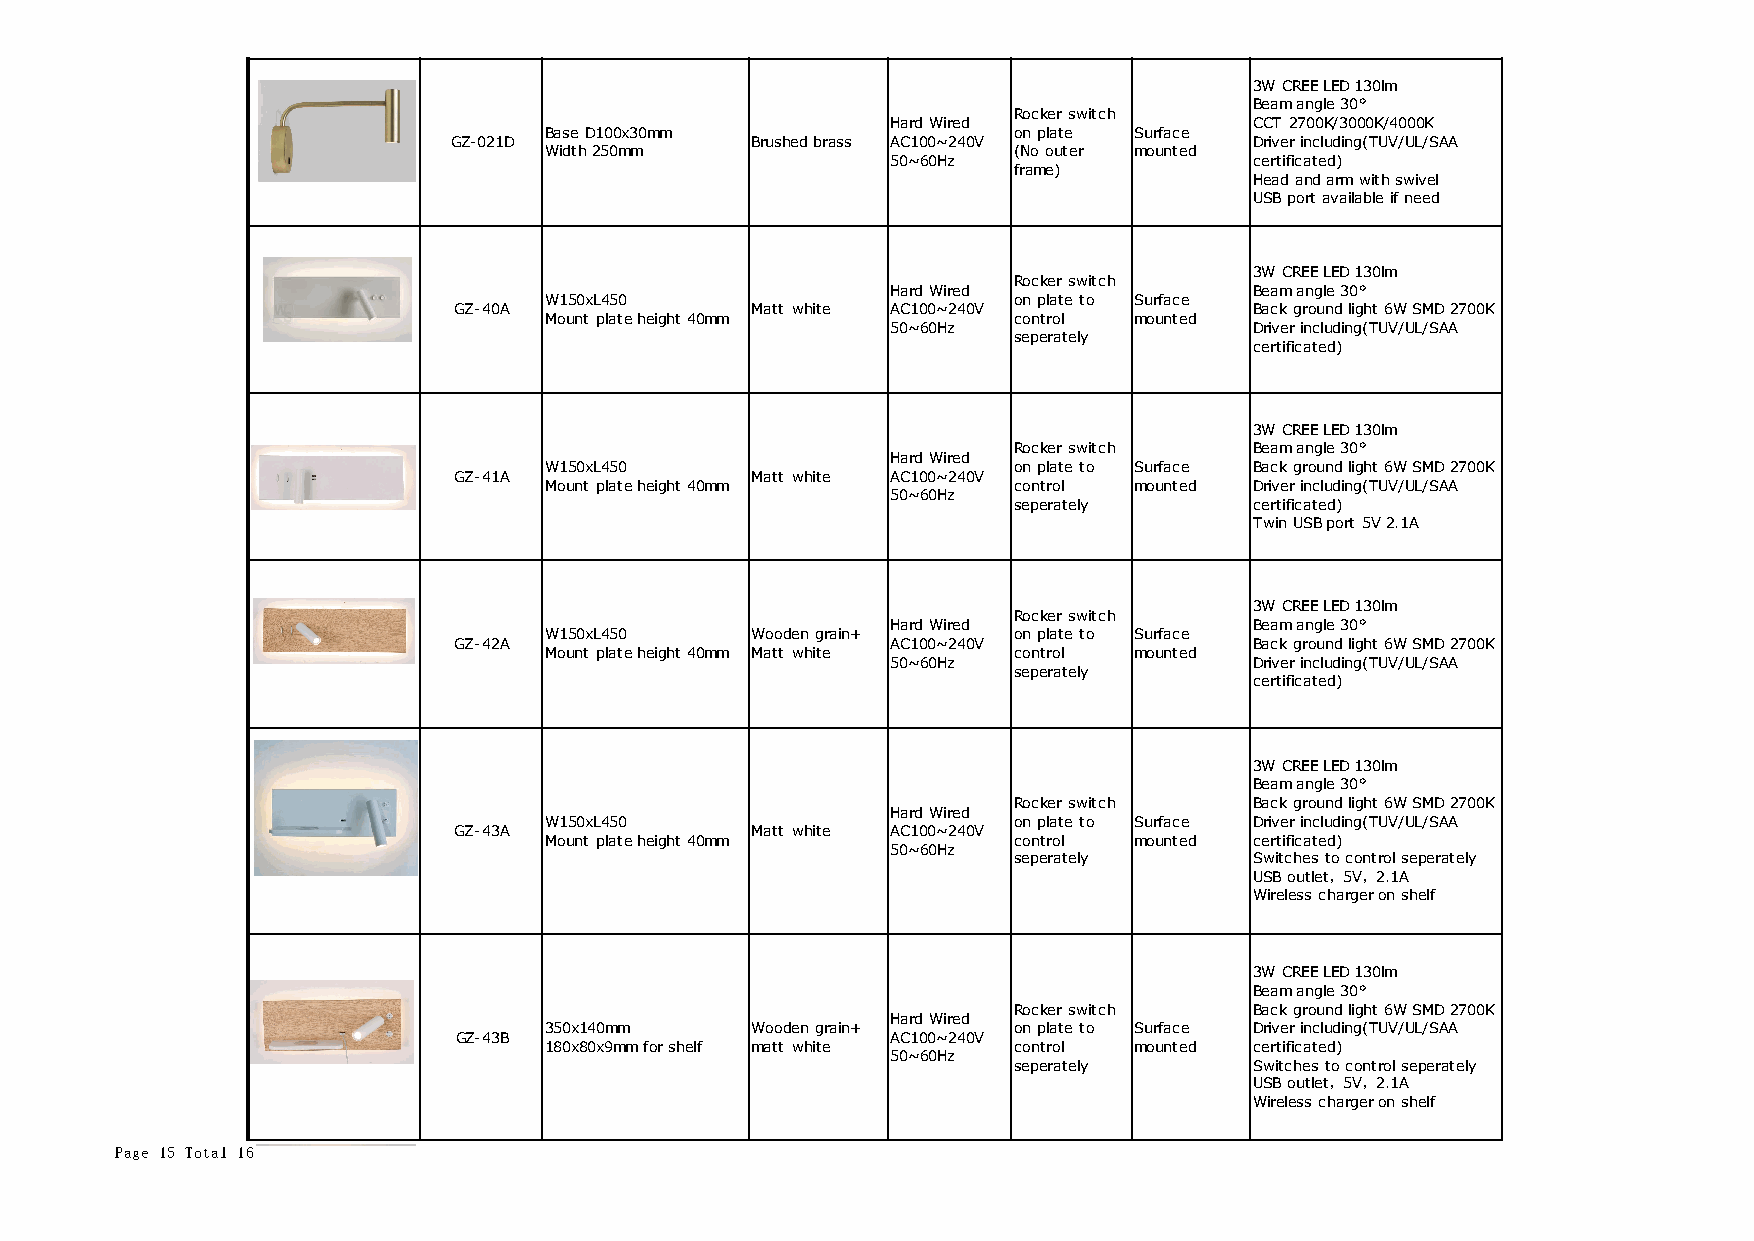
3W CREE LED 130lm
 Beam angle 30°
 Rocker switch
 Hard Wired              CCT 2700K/3000K/4000K
 Base D100x30mm                 on plate Surface
 GZ-021D             Brushed brass AC100~240V         Driver including(TUV/UL/SAA
 Width 250mm                    (No outer mounted
 50~60Hz                 certificated)
 frame)
 Head and arm with swivel
 USB port available if need
 3W CREE LED 130lm
 Rocker switch
 Hard Wired              Beam angle 30°
 W150xL450                      on plate to Surface
 GZ-40A              Matt white AC100~240V            Back ground light 6W SMD 2700K
 Mount plate height 40mm        control mounted
 50~60Hz                 Driver including(TUV/UL/SAA
 seperately
 certificated)
 3W CREE LED 130lm
 Rocker switch   Beam angle 30°
 Hard Wired
 W150xL450                      on plate to Surface Back ground light 6W SMD 2700K
 GZ-41A              Matt white AC100~240V
 Mount plate height 40mm        control mounted Driver including(TUV/UL/SAA
 50~60Hz
 seperately      certificated)
 Twin USB port 5V 2.1A
 3W CREE LED 130lm
 Rocker switch
 Hard Wired              Beam angle 30°
 W150xL450     Wooden grain+    on plate to Surface
 GZ-42A                       AC100~240V              Back ground light 6W SMD 2700K
 Mount plate height 40mm Matt white control mounted
 50~60Hz                 Driver including(TUV/UL/SAA
 seperately
 certificated)
 3W CREE LED 130lm
 Beam angle 30°
 Rocker switch   Back ground light 6W SMD 2700K
 Hard Wired
 W150xL450                      on plate to Surface Driver including(TUV/UL/SAA
 GZ-43A              Matt white AC100~240V
 Mount plate height 40mm        control mounted certificated)
 50~60Hz
 seperately      Switches to control seperately
 USB outlet，5V，2.1A
 Wireless charger on shelf
 3W CREE LED 130lm
 Beam angle 30°
 Rocker switch   Back ground light 6W SMD 2700K
 Hard Wired
 350x140mm     Wooden grain+    on plate to Surface Driver including(TUV/UL/SAA
 GZ-43B                       AC100~240V
 180x80x9mm for shelf matt white control mounted certificated)
 50~60Hz
 seperately      Switches to control seperately
 USB outlet，5V，2.1A
 Wireless charger on shelf
 Page 15 Total 16